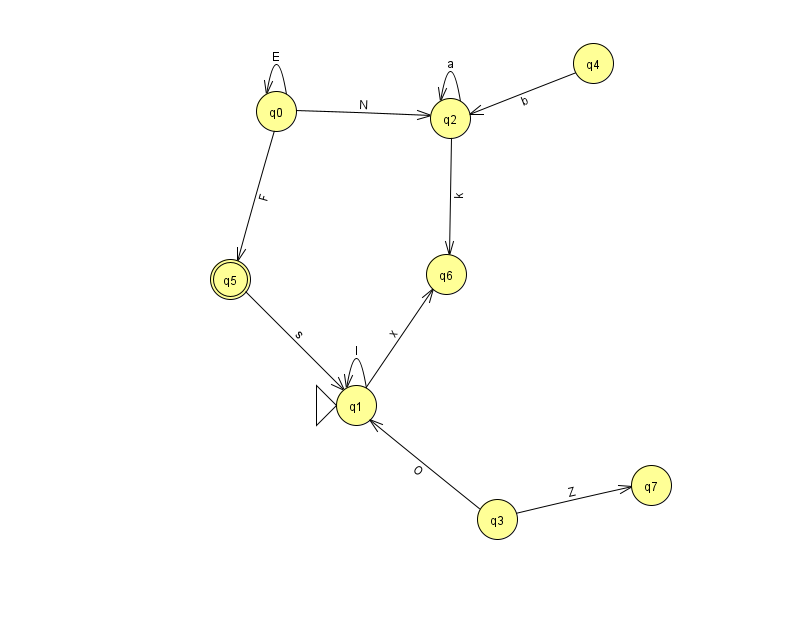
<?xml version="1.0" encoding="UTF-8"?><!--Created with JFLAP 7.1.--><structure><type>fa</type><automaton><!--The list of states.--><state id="0" name="q0"><x>276.0</x><y>98.0</y></state><state id="1" name="q1"><x>356.0</x><y>392.0</y><initial/></state><state id="2" name="q2"><x>450.0</x><y>105.0</y></state><state id="3" name="q3"><x>497.0</x><y>506.0</y></state><state id="4" name="q4"><x>593.0</x><y>50.0</y></state><state id="5" name="q5"><x>230.0</x><y>266.0</y><final/></state><state id="6" name="q6"><x>446.0</x><y>261.0</y></state><state id="7" name="q7"><x>651.0</x><y>472.0</y></state><!--The list of transitions.--><transition><from>0</from><to>2</to><read>N</read></transition><transition><from>0</from><to>5</to><read>F</read></transition><transition><from>2</from><to>2</to><read>a</read></transition><transition><from>3</from><to>7</to><read>Z</read></transition><transition><from>0</from><to>0</to><read>E</read></transition><transition><from>3</from><to>1</to><read>O</read></transition><transition><from>4</from><to>2</to><read>b</read></transition><transition><from>1</from><to>1</to><read>I</read></transition><transition><from>1</from><to>6</to><read>x</read></transition><transition><from>2</from><to>6</to><read>k</read></transition><transition><from>5</from><to>1</to><read>s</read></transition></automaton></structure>